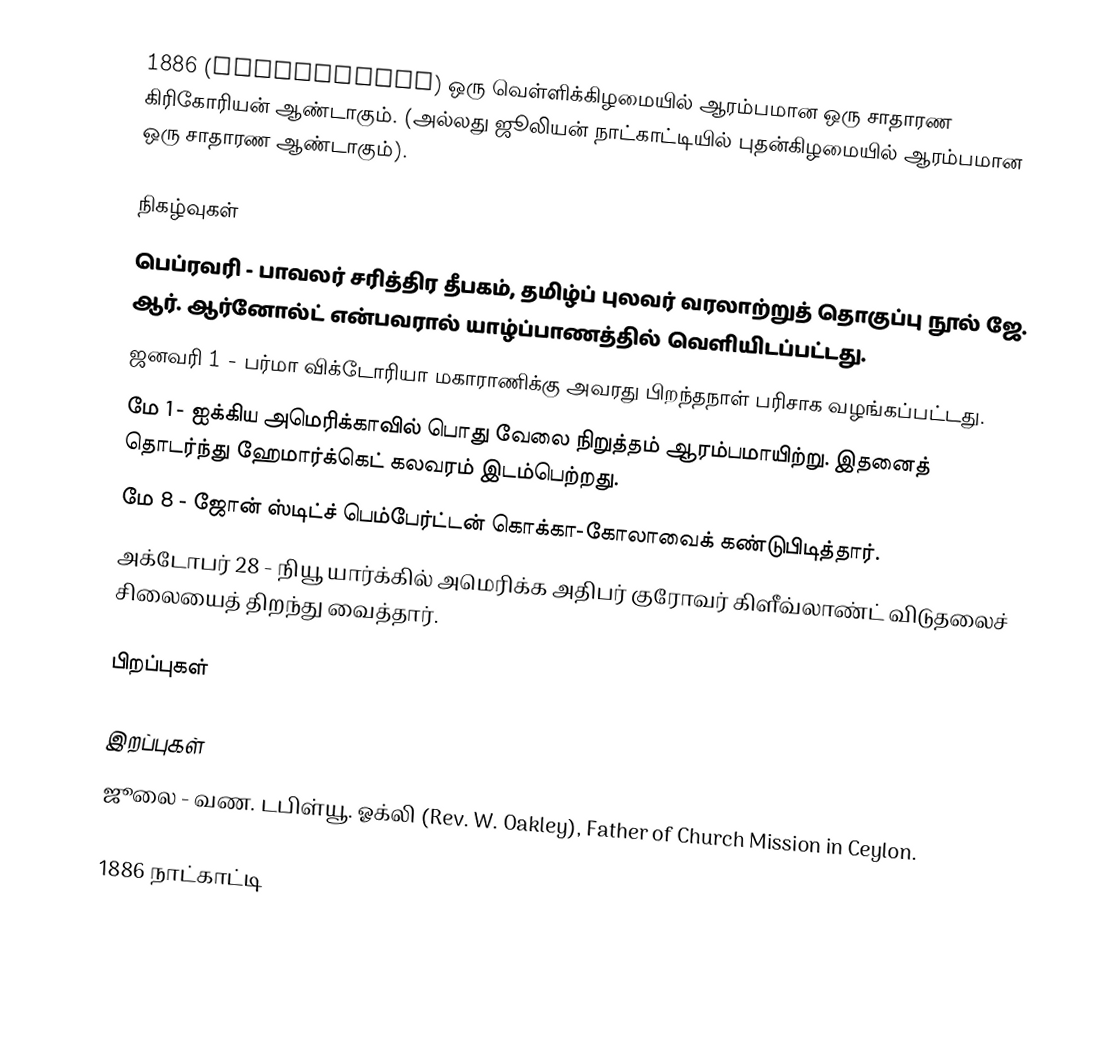
1886  (MDCCCLXXXVI) ஒரு வெள்ளிக்கிழமையில் ஆரம்பமான ஒரு சாதாரண கிரிகோரியன் ஆண்டாகும். (அல்லது ஜூலியன் நாட்காட்டியில் புதன்கிழமையில் ஆரம்பமான ஒரு சாதாரண ஆண்டாகும்).

நிகழ்வுகள்
 பெப்ரவரி - பாவலர் சரித்திர தீபகம், தமிழ்ப் புலவர் வரலாற்றுத் தொகுப்பு நூல் ஜே. ஆர். ஆர்னோல்ட் என்பவரால் யாழ்ப்பாணத்தில் வெளியிடப்பட்டது.
 ஜனவரி 1 - பர்மா விக்டோரியா மகாராணிக்கு அவரது பிறந்தநாள் பரிசாக வழங்கப்பட்டது.
 மே 1 - ஐக்கிய அமெரிக்காவில் பொது வேலை நிறுத்தம் ஆரம்பமாயிற்று. இதனைத் தொடர்ந்து ஹேமார்க்கெட் கலவரம் இடம்பெற்றது.
 மே 8 - ஜோன் ஸ்டிட்ச் பெம்பேர்ட்டன் கொக்கா-கோலாவைக் கண்டுபிடித்தார்.
 அக்டோபர் 28 - நியூ யார்க்கில் அமெரிக்க அதிபர் குரோவர் கிளீவ்லாண்ட் விடுதலைச் சிலையைத் திறந்து வைத்தார்.

பிறப்புகள்

இறப்புகள்
 ஜூலை - வண. டபிள்யூ. ஓக்லி (Rev. W. Oakley), Father of Church Mission in Ceylon.

1886 நாட்காட்டி